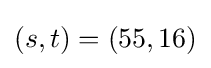
(s,t)=(55,16)